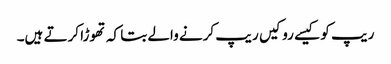
ریپ کو کیسے رو کیں ریپ کرنے والے بتا کہ تھوڑا کرتے ہیں۔